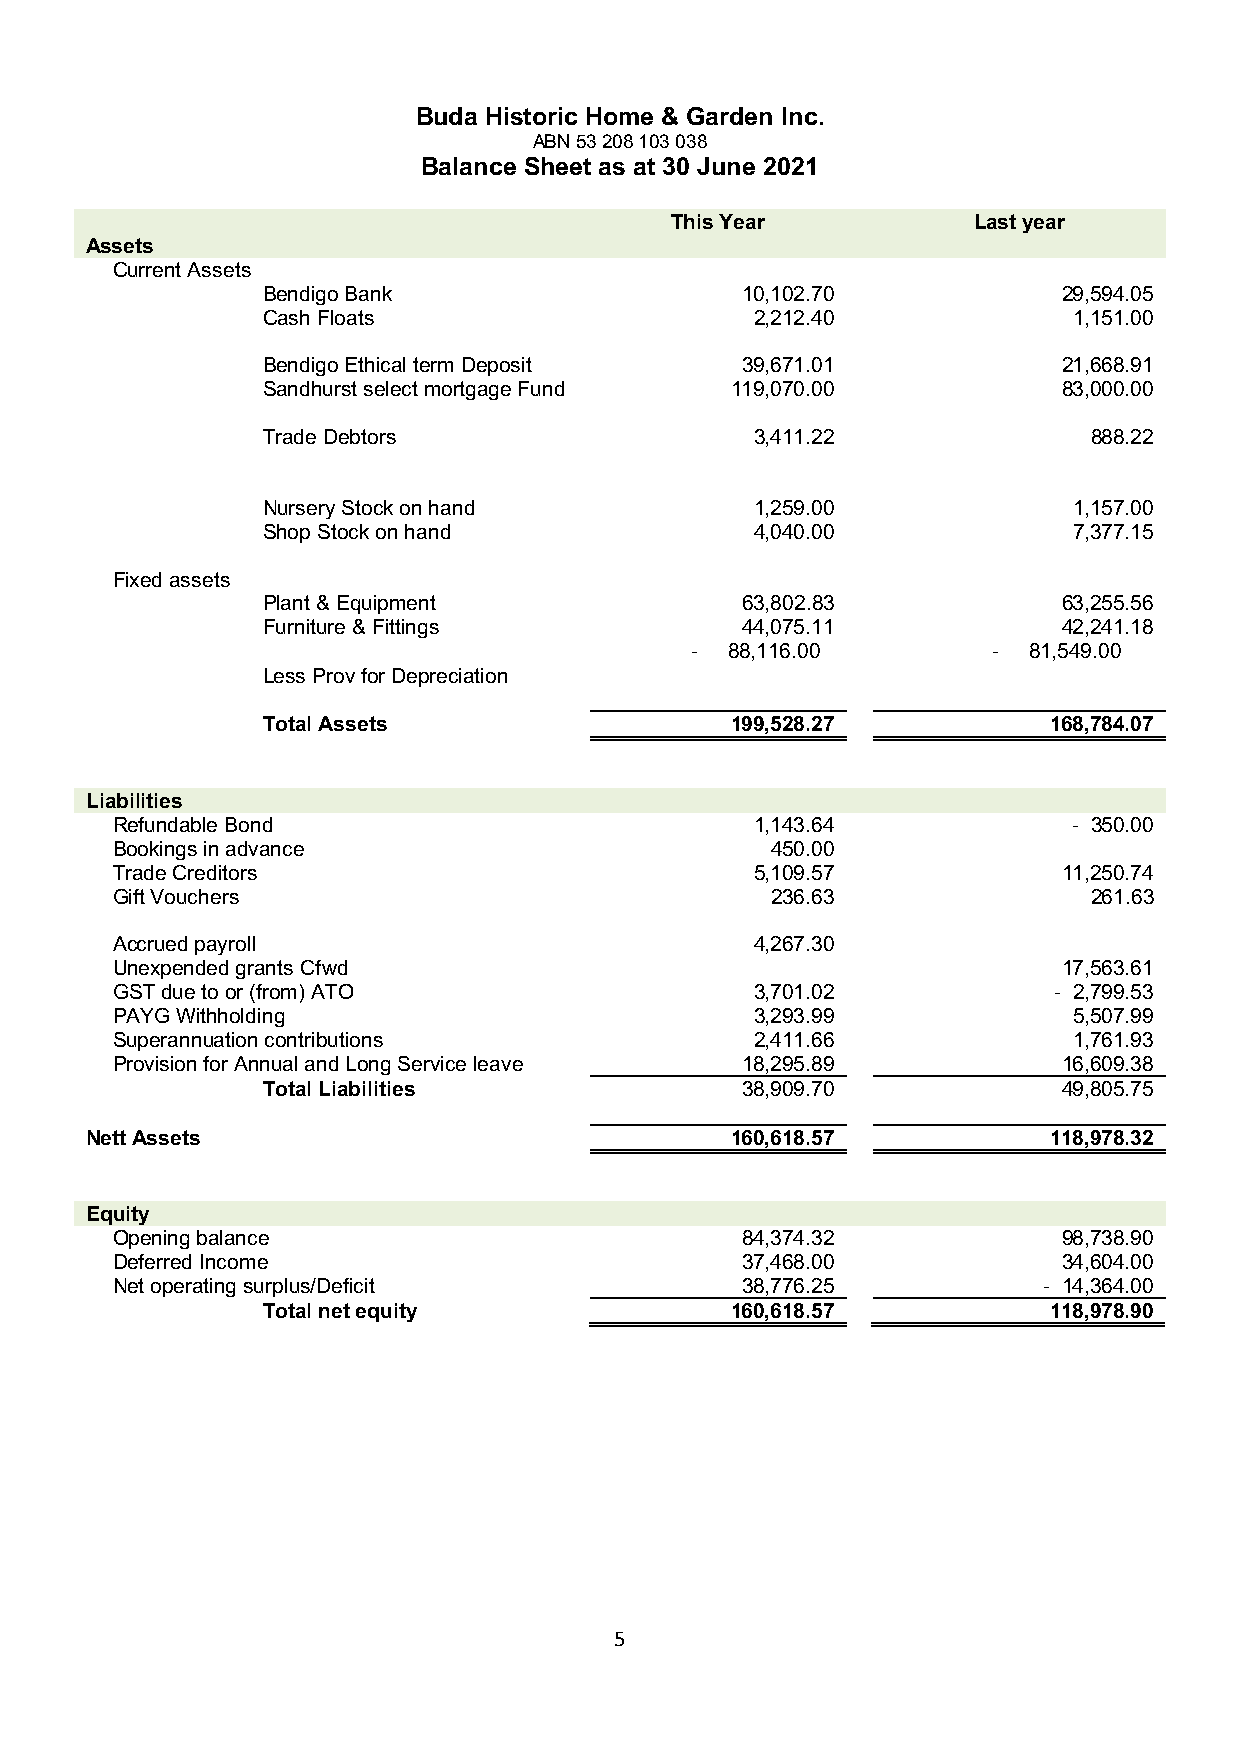
Buda Historic Home & Garden Inc.
 ABN 53 208 103 038
 Balance Sheet as at 30 June 2021
 This Year           Last year
 Assets
 Current Assets
 Bendigo Bank                    10,102.70            29,594.05
 Cash Floats                      2,212.40             1,151.00
 Bendigo Ethical term Deposit    39,671.01            21,668.91
 Sandhurst select mortgage Fund 119,070.00            83,000.00
 Trade Debtors                    3,411.22              888.22
 Nursery Stock on hand            1,259.00             1,157.00
 Shop Stock on hand               4,040.00             7,377.15
 Fixed assets
 Plant & Equipment               63,802.83            63,255.56
 Furniture & Fittings            44,075.11            42,241.18
 - 88,116.00         - 81,549.00
 Less Prov for Depreciation
 Total Assets                   199,528.27           168,784.07
 Liabilities
 Refundable Bond                            1,143.64             - 350.00
 Bookings in advance                         450.00
 Trade Creditors                            5,109.57            11,250.74
 Gift Vouchers                               236.63               261.63
 Accrued payroll                            4,267.30
 Unexpended grants Cfwd                                         17,563.61
 GST due to or (from) ATO                   3,701.02            - 2,799.53
 PAYG Withholding                           3,293.99             5,507.99
 Superannuation contributions               2,411.66             1,761.93
 Provision for Annual and Long Service leave 18,295.89          16,609.38
 Total Liabilities               38,909.70            49,805.75
 Nett Assets                               160,618.57           118,978.32
 Equity
 Opening balance                           84,374.32            98,738.90
 Deferred Income                           37,468.00            34,604.00
 Net operating surplus/Deficit             38,776.25           - 14,364.00
 Total net equity               160,618.57           118,978.90
 5